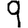
Digit: 9